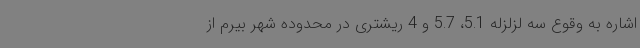
اشاره به وقوع سه لزلزله 5.1، 5.7 و 4 ریشتری در محدوده شهر بیرم از